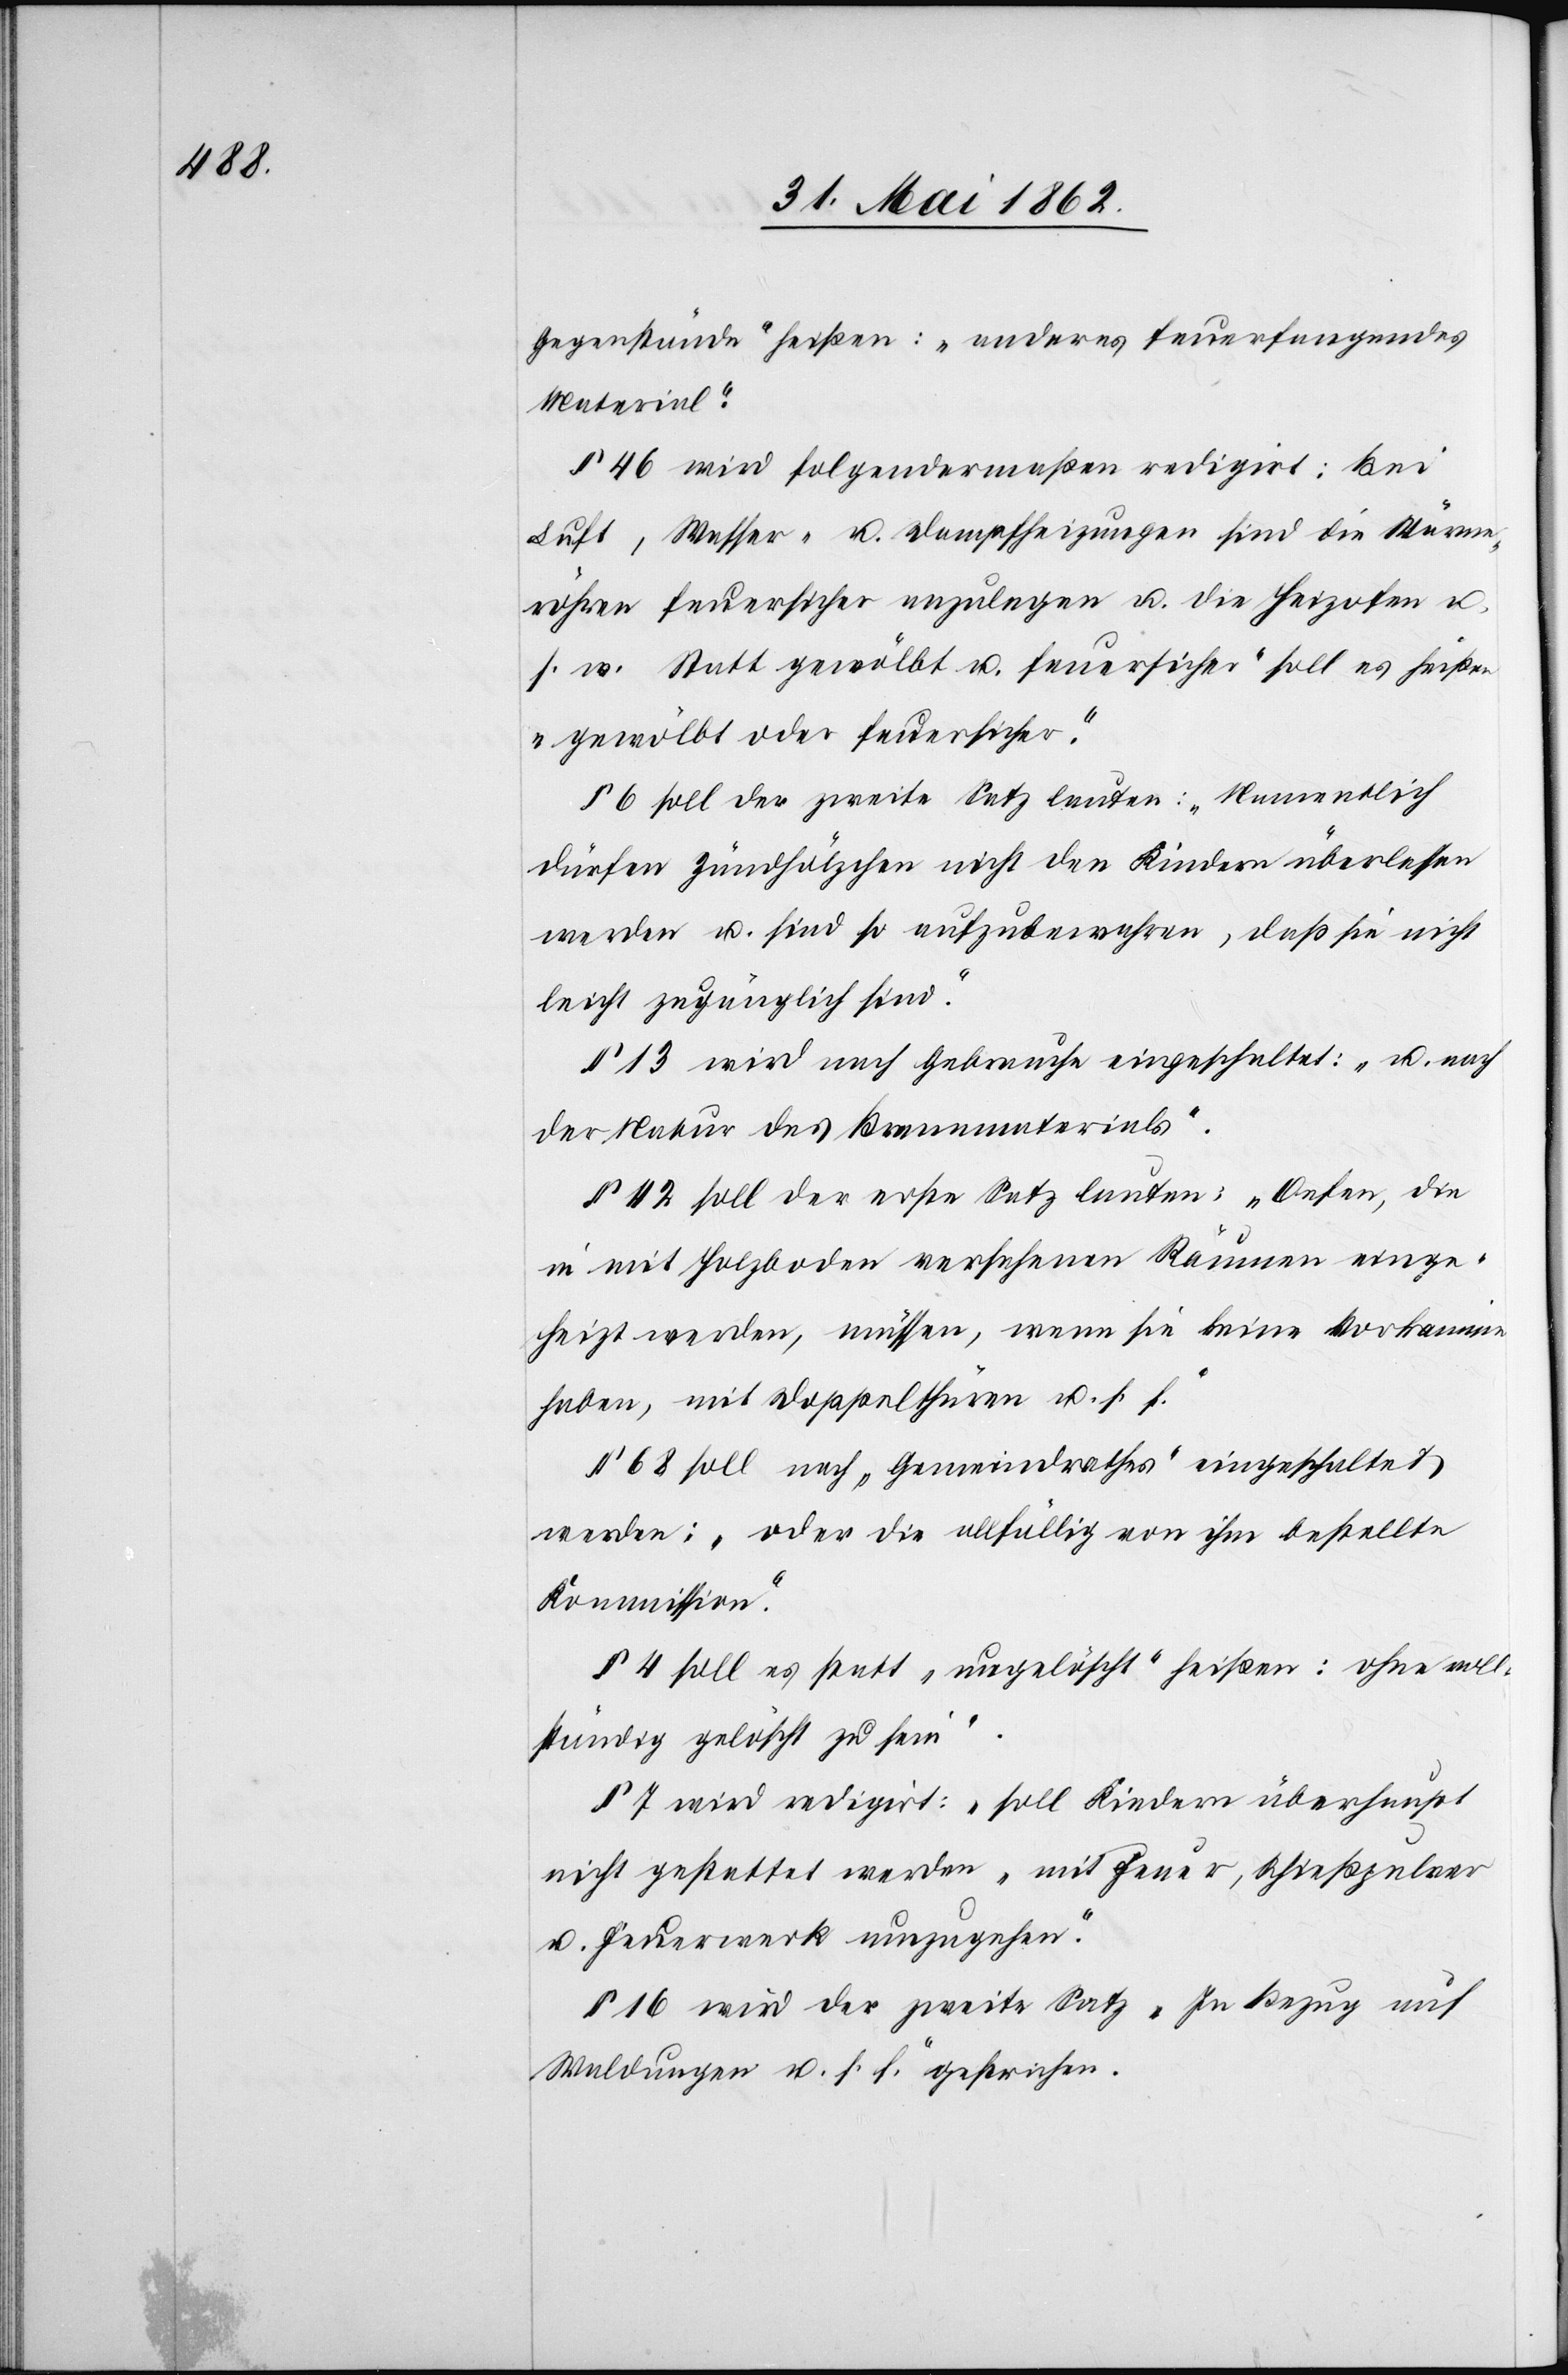
Gegenstände“ heißen: „anderes feuerfangendes
Material.“
§ 46 wird folgendermaßen redigirt: Bei
Luft, Wasser- u. Dampfheizungen sind die Wärme¬
röhren feuersicher anzulegen u. die Heizofen u.
s. w. statt [„]gewölbt u. feuersicher“ soll es heißen
„gewölbt oder feuersicher.“
§ 6 soll der zweite Satz lauten: „Namentlich
dürfen Zündhölzchen nicht den Kindern überlassen
werden u. sind so aufzubewahren, daß sie nicht
leicht zugänglich sind.“
§ 13 wird nach Gebrauche eingeschaltet: „u. nach
der Natur des Brennmaterials.“
§ 42 soll der erste Satz lauten: „Oefen, die
in mit Holzboden versehenen Räumen einge¬
heizt werden, müssen, wenn sie keine Vorkamine
haben, mit Doppelthüren u. s. f.“
§ 68 soll nach „Gemeindrathes“ eingeschaltet
werden: „oder die allfällig von ihm bestellte
Kommission.“
§ 4 soll es statt „ungelöscht“ heißen: [„]ohne voll¬
ständig gelöscht zu sein.“
§ 7 wird redigirt: „soll Kindern überhaupt
nicht gestattet werden, mit Feuer, Schießpulver
u. Feuerwerk umzugehen.“
§ 16 wird der zweite Satz „In Bezug auf
Waldungen u. s. f.“ gestrichen.